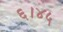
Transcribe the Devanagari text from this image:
६।४५